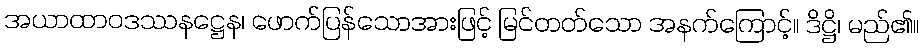
အယာထာဝဒဿနဋ္ဌေန၊ ဖောက်ပြန်သောအားဖြင့် မြင်တတ်သော အနက်ကြောင့်။ ဒိဋ္ဌိ၊ မည်၏။